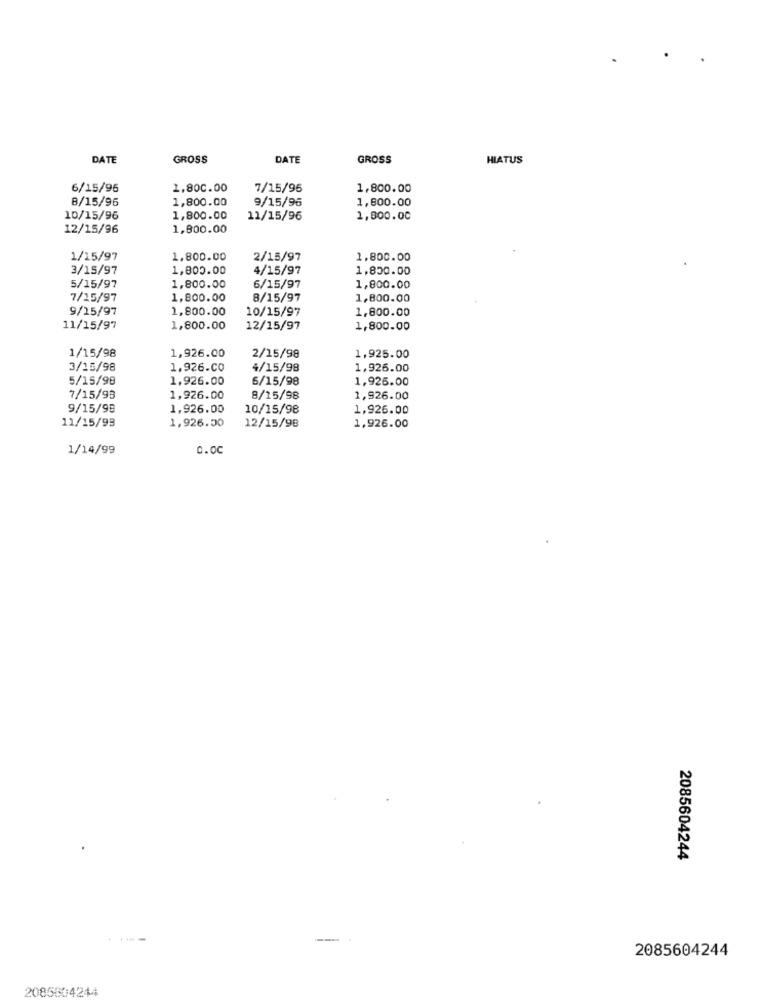
DATE
GROSS
DATE
GROSS
HIATUS
6/15/96
1.800.00
7/15/96
1,800.00
1,800.00
9/15/96
1,800.00
8/15/96
10/15/96
1,800.00
11/15/96
1,800.00
12/15/96
1,800.00
1/15/97
1.800.00
2/15/97
1.800.00
3/15/97
1,800.00
4/15/97
1,850.00
5/15/97
1,800.00
6/15/97
1,800.00
7/15/97
1,800.00
8/15/97
1,800.00
9/15/97
1,800.00
10/15/97
1.800.00
11/15/97
1,800.00
12/15/97
1,800.00
1/15/98
1,926.00
2/15/98
1,925.00
3/15/98
1,926.00
4/15/98
1,926.00
5/15/98
1,926.00
6/15/98
1,926.00
7/15/93
1,926.00
8/15/98
1,926.00
9/15/98
1,926.00
10/15/98
1,926.00
11/15/93
1,926.00
12/15/98
1,926.00
1/14/99
0.00
2085604244
2085604244
2085504244